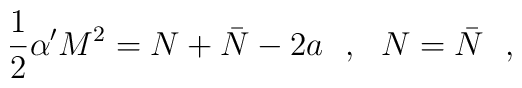
\frac{1}{2}\alpha' M^2=N+\bar{N}-2a\ \ ,\ \ N=\bar{N}\ \ ,